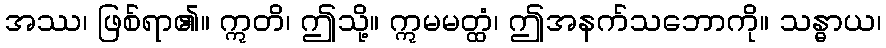
အဿ၊ ဖြစ်ရာ၏။ ဣတိ၊ ဤသို့။ ဣမမတ္ထံ၊ ဤအနက်သဘောကို။ သန္ဓာယ၊